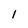
Character: 1